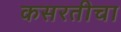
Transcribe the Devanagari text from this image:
कसरतीचा